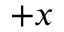
+ x